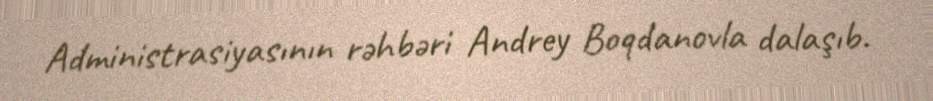
Administrasiyasının rəhbəri Andrey Boqdanovla dalaşıb.